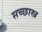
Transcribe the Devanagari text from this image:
सच्छास्त्र